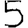
Digit: 5